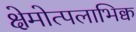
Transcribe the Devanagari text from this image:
क्षेमोत्पलाभिक्व